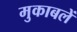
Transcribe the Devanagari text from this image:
मुकाबलें